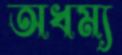
অধম্য